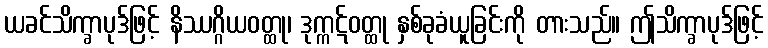
ယခင်သိက္ခာပုဒ်ဖြင့် နိဿဂ္ဂိယဝတ္ထု၊ ဒုက္ကဋ်ဝတ္ထု နှစ်ခုခံယူခြင်းကို တားသည်။ ဤသိက္ခာပုဒ်ဖြင့်